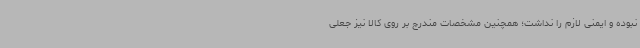
نبوده و ایمنی لازم را نداشت؛ همچنین مشخصات مندرج بر روی کالا نیز جعلی